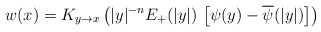
\begin{align*}w(x)=K_{y\to x}\left( |y|^{-n} E_+(|y|)\,\left[ \psi(y)-\overline{\psi}(|y|)\right]\right)\end{align*}